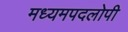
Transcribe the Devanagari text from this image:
मध्यमपदलोपी